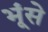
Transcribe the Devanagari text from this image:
भूंसे